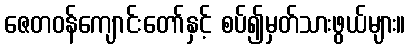
ဇေတဝန်ကျောင်းတော်နှင့် စပ်၍မှတ်သားဖွယ်များ။